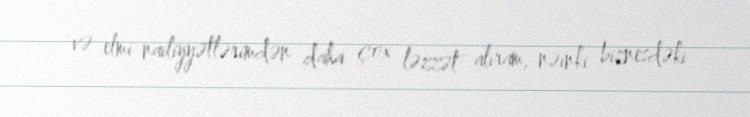
və elmi nailiyyətlərimdən daha çox ləzzət alıram, nəinki biznesdəki